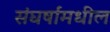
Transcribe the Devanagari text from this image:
संघर्षांमधील